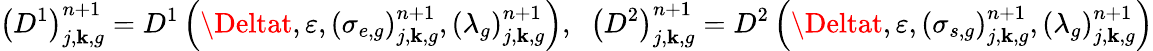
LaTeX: \left(D^{1}\right)_{j,\mathbf{k},g}^{n+1}=D^{1}\left(\Deltat,\varepsilon,\left(\sigma_{e,g}\right)_{j,\mathbf{k},g}^{n+1},\left(\lambda_{g}\right)_{j,\mathbf{k},g}^{n+1}\right),\; \; \left(D^{2}\right)_{j,\mathbf{k},g}^{n+1}=D^{2}\left(\Deltat,\varepsilon,\left(\sigma_{s,g}\right)_{j,\mathbf{k},g}^{n+1},\left(\lambda_{g}\right)_{j,\mathbf{k},g}^{n+1}\right)